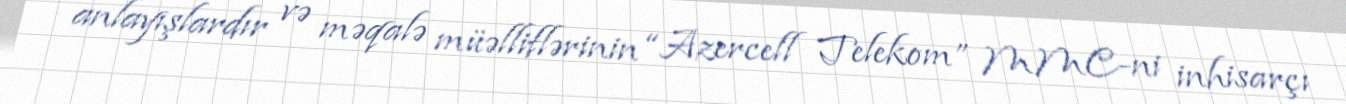
anlayışlardır və məqalə müəlliflərinin “Azercell Telekom” MMC-ni inhisarçı